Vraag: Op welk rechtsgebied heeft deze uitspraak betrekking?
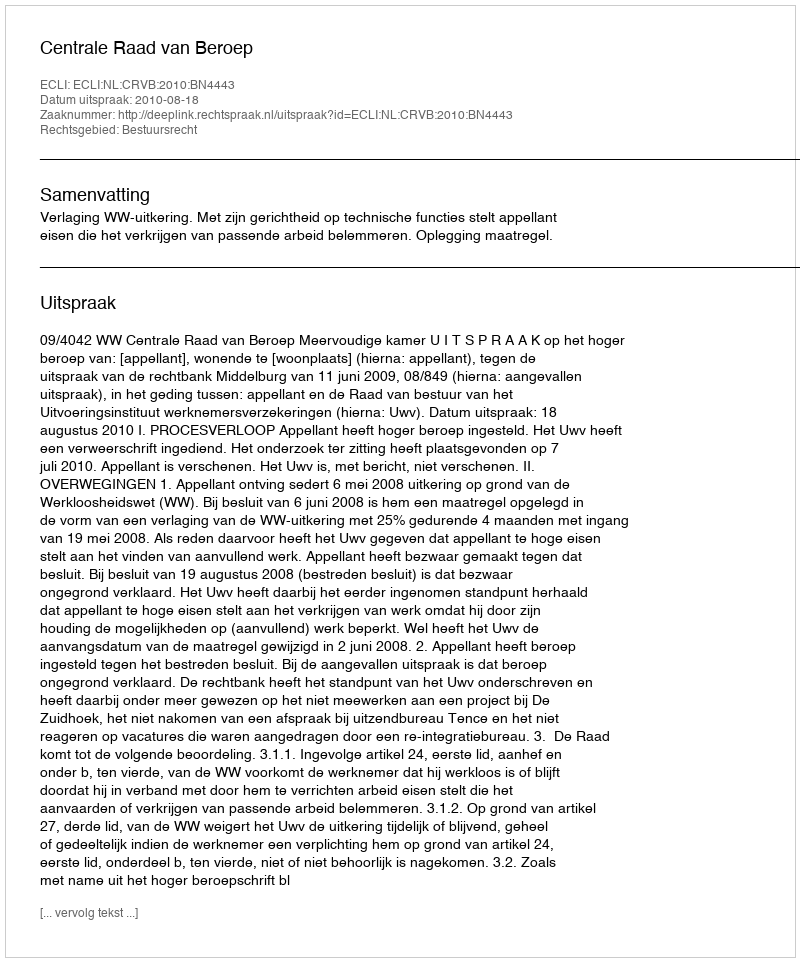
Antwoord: Bestuursrecht